Report on the cholera epidemic of
Year: 1868
Disease focus: Cholera
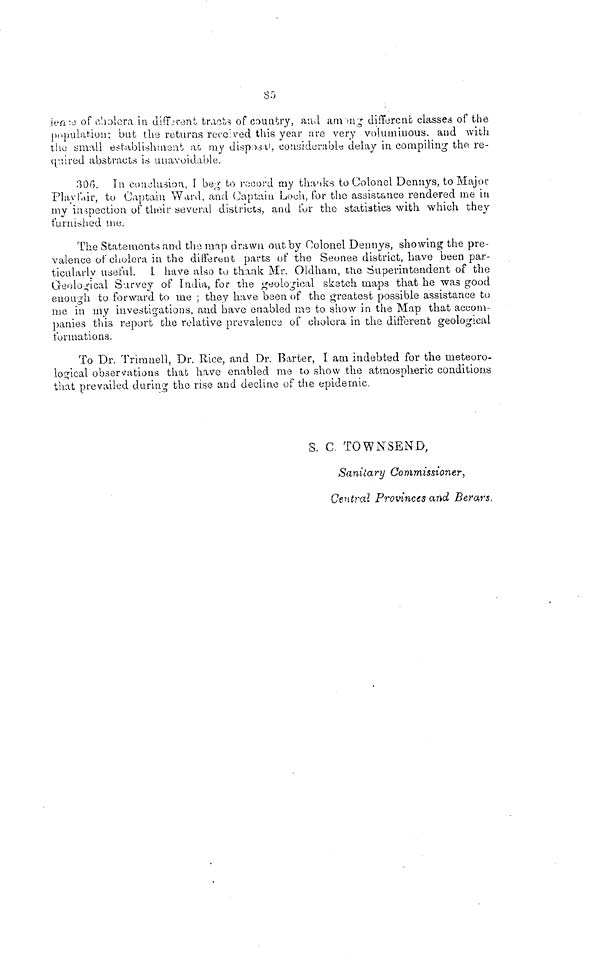
85
lense of cholera in different tracts of country, and among different, classes of the
population: but the returns received this year are very voluminous, and with
the small establishment at my disposal, considerable delay in compiling the re-
quired abstracts is unavoidable.
306. In conclusion, I beg to record my thanks to Colonel Dennys, to Major
Play fair, to Captain Ward, and Captain Loch, for the assistance rendered me in
my inspection of their several districts, and for the statistics with which they
furnished me.
The Statements and the map drawn out by Colonel Dennys, showing the pre
valence of cholera in the different parts of the Seonee district, have been par
ticularly useful. I have also to thank Mr. Oldham, the Superintendent of the
Geological Survey of India, for the geological sketch maps that he was good
enough to forward to me ; they have been of the greatest possible assistance to
me in my investigations, and have enabled me to show in the Map that accom-
panies this report the relative prevalence of cholera in the dînèrent geological
formations.
To Dr. Trimnell, Dr. Rice, and Dr. Barter, I am indebted for the meteoro-
logical observations that have enabled me to show the atmospheric conditions
that prevailed during the rise and decline of the epidemic,
S. C. TOWNSEND,
Sanitary Commissioner,
Central Provinces and Berars.